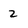
Character: 2